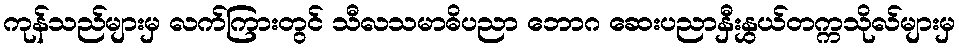
ကုန်သည်များမှ လက်ကြားတွင် သီလသမာဓိပညာ ဘောဂ ဆေးပညာနှီးနွှယ်တက္ကသိုလ်များမှ